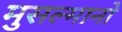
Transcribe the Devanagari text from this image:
मुसल्मानो